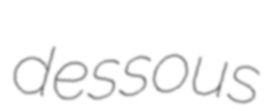
dessous